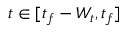
t \in [ t _ { f } - W _ { t } , t _ { f } ]